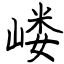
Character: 嵝